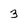
Character: 3